Vaccination in Bombay 1869-1873 - 1869-1873
Year: 1869
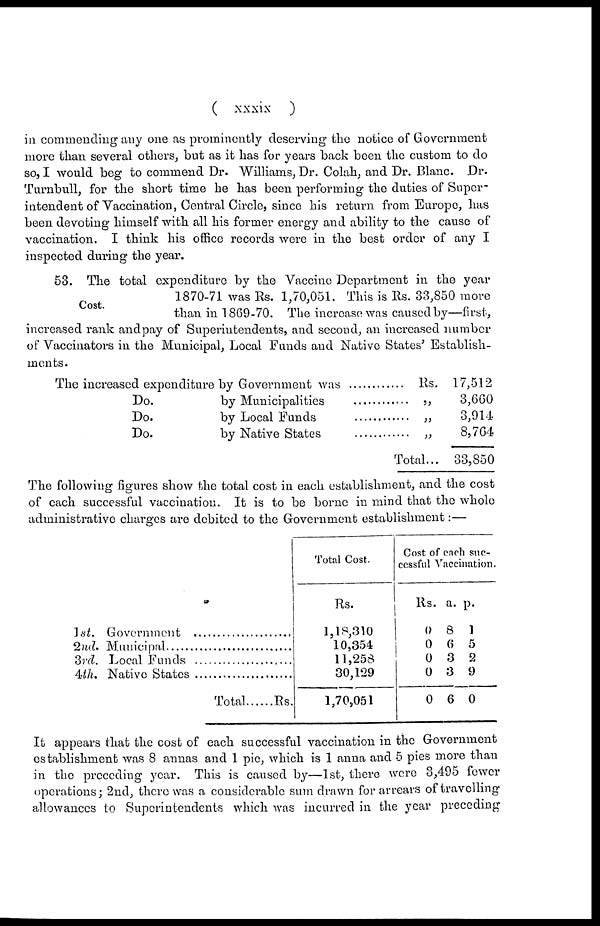
( xxxix )
in commending any one as prominently deserving the notice of Government
more than several others, but as it has for years back been the custom to do
so, I would beg to commend Dr. Williams, Dr. Colah, and Dr. Blanc. Dr.
Turnbull, for the short time he has been performing the duties of Super-
intendent of Vaccination, Central Circle, since his return from Europe, has
been devoting himself with all his former energy and ability to the cause of
vaccination. I think his office records were in the best order of any I
inspected during the year.
Cost.
53. The total expenditure by the Vaccine Department in the year
1870-71 was Rs. 1,70,051. This is Rs. 33,850 more
than in 1869-70. The increase was caused by—first,
increased rank and pay of Superintendents, and second, an increased number
of Vaccinators in the Municipal, Local Funds and Native States' Establish-
ments.
The increased expenditure by Government was ............
Do. by Municipalities ..............
Do. by Local Funds ..............
Do. by Native States ..............
Rs.
„
„
„
Total...
17,512
3,660
3,914
8,764
33,850
The following figures show the total cost in each establishment, and the cost
of each successful vaccination. It is to be borne in mind that the whole
administrative charges are debited to the Government establishment:—
1st.
2nd.
3rd.
4th.
Government .........................
Municipal ............................
Local Funds .........................
Native States .......................
Total
Rs.
Total Cost.
Rs.
1,18,310
10,354
11,258
30,129
1,70,051
Cost of each suc-
cessful Vaccination.
Rs.
0
0
0
0
0
a.
8
6
3
3
6
p.
1
5
2
9
0
It appears that the cost of each successful vaccination in the Government
establishment was 8 annas and 1 pie, which is 1 anna and 5 pies more than
in the preceding year. This is caused by—1st, there were 3,495 fewer
operations; 2nd, there was a considerable sum drawn for arrears of travelling
allowances to Superintendents which was incurred in the year preceding